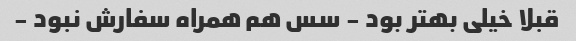
قبلا خیلی بهتر بود - سس هم همراه سفارش نبود -